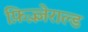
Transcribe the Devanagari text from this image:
फ़िज़्ज़ेराल्ड